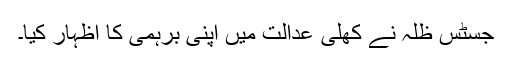
جسٹس ظلہ نے کھلی عدالت میں اپنی برہمی کا اظہار کیا۔